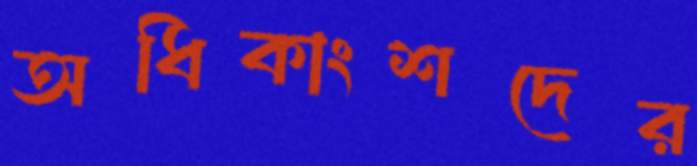
অধিকাংশদের